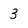
Character: 3